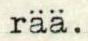
rää.